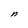
Character: n